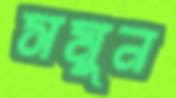
সমুন